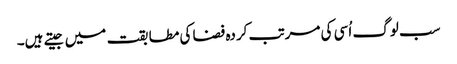
سب لوگ اُسی کی مرتب کردہ فضا کی مطابقت میں جیتے ہیں۔